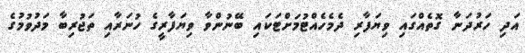
އަދި ހަރުދަނާ ގޮތެއްގައި ވިޔަފާރި ދެމެހެއްޓުމަށްޓަކައި ބޭނުންވާ ވިޔަފާރީގެ ހުނަރާއި ތަޖުރިބާ މަދުވުމުގެ